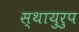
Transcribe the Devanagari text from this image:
स्थायुरुप